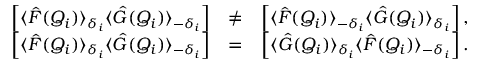
\begin{array} { r l r } { \left[ \langle \hat { F } ( Q _ { i } ) \rangle _ { \delta _ { i } } \langle \hat { G } ( Q _ { i } ) \rangle _ { - \delta _ { i } } \right] } & { \neq } & { \left[ \langle \hat { F } ( Q _ { i } ) \rangle _ { - \delta _ { i } } \langle \hat { G } ( Q _ { i } ) \rangle _ { \delta _ { i } } \right] , } \\ { \left[ \langle \hat { F } ( Q _ { i } ) \rangle _ { \delta _ { i } } \langle \hat { G } ( Q _ { i } ) \rangle _ { - \delta _ { i } } \right] } & { = } & { \left[ \langle \hat { G } ( Q _ { i } ) \rangle _ { \delta _ { i } } \langle \hat { F } ( Q _ { i } ) \rangle _ { - \delta _ { i } } \right] . } \end{array}